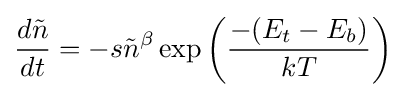
{\frac {d{\tilde {n}}}{dt}}=-s{\tilde {n}}^{\beta }\exp \left({\frac {-(E_{t}-E_{b})}{kT}}\right)